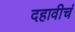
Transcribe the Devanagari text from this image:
दहावीचं